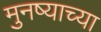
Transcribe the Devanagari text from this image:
मुनष्याच्या